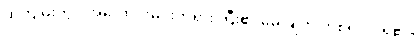
ထိုကျမ်းတွင် အလောင်းမင်းတရားကြီး၏ မေးချက် တစ်ရပ်ပါရှိ၏။